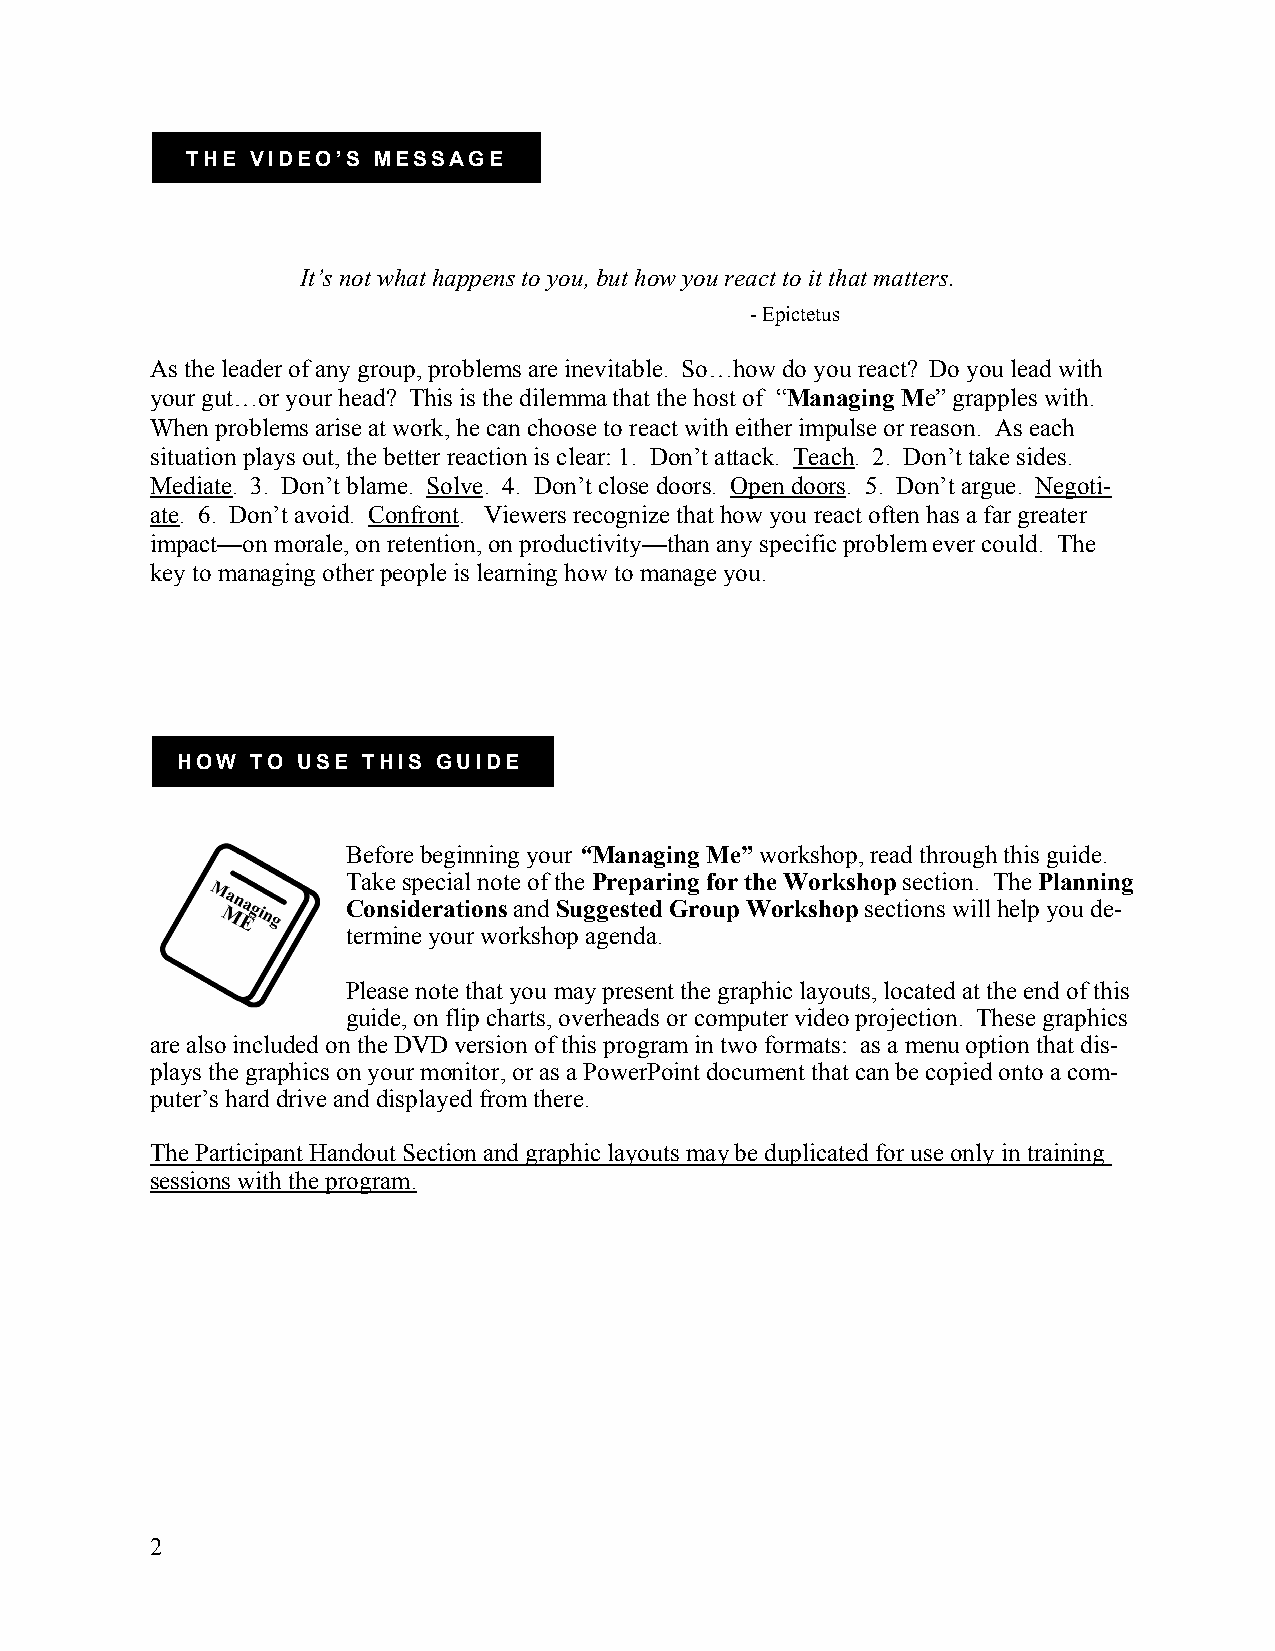
THE  VIDEO’S MESSAGE
 It’s not what happens to you, but how you react to it that matters.
 - Epictetus
 As the leader of any group, problems are inevitable. So…how do you react? Do you lead with
 your gut…or your head? This is the dilemma that the host of “Managing Me” grapples with.
 When problems arise at work, he can choose to react with either impulse or reason. As each
 situation plays out, the better reaction is clear: 1. Don’t attack. Teach. 2. Don’t take sides.
 Mediate. 3. Don’t blame. Solve. 4. Don’t close doors. Open doors. 5. Don’t argue. Negoti-
 ate. 6. Don’t avoid. Confront. Viewers recognize that how you react often has a far greater
 impact—on morale, on retention, on productivity—than any specific problem ever could. The
 key to managing other people is learning how to manage you.
 HOW  TO USE THIS GUIDE
 Before beginning your “Managing Me” workshop, read through this guide.
 Take special note of the Preparing for the Workshop section. The Planning
 Considerations and Suggested Group Workshop sections will help you de-
 termine your workshop agenda.
 Please note that you may present the graphic layouts, located at the end of this
 guide, on flip charts, overheads or computer video projection. These graphics
 are also included on the DVD version of this program in two formats: as a menu option that dis-
 plays the graphics on your monitor, or as a PowerPoint document that can be copied onto a com-
 puter’s hard drive and displayed from there.
 The Participant Handout Section and graphic layouts may be duplicated for use only in training
 sessions with the program.
 2